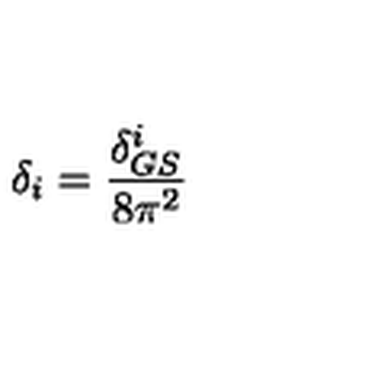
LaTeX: \delta _ { i } = \frac { \delta _ { G S } ^ { i } } { 8 \pi ^ { 2 } }